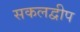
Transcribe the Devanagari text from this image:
सकलद्वीप